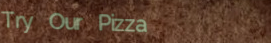
Try Our Pizza